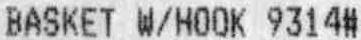
BASKET W/HOOK 9314#